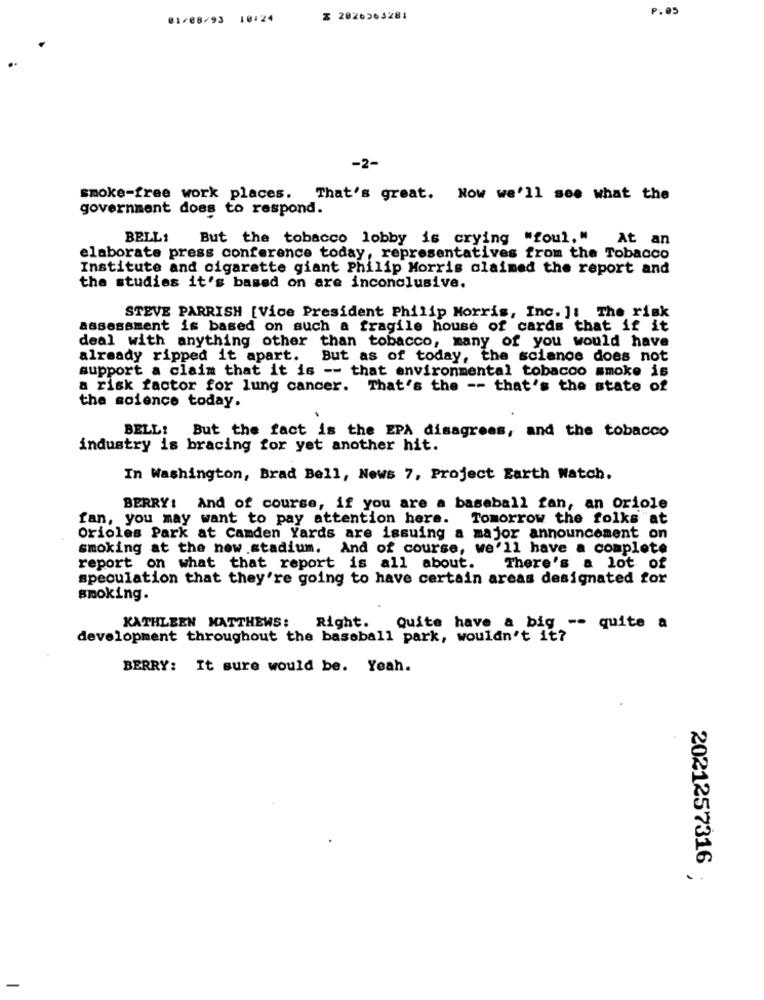
P.05
01/08/93 10:24
Z 2026363281
-2-
smoke-free work places. That's great. Now we'll see what the
government does to respond.
BELL1
But the tobacco lobby is crying "foul," At an
elaborate press conference today, representatives from the Tobacco
Institute and cigarette giant Philip Morris claimed the report and
the studies it's based on are inconclusive.
STEVE PARRISH [Vice President Philip Morris, Inc. ]: The risk
assessment is based on such a fragile house of cards that if it
deal with anything other than tobacco, many of you would have
already ripped it apart. But as of today, the science does not
support a claim that it is -- that environmental tobacco smoke is
a risk factor for lung cancer. That's the -- that's the state of
the science today.
BELL!
But the fact is the EPA disagrees, and the tobacco
industry is bracing for yet another hit.
In Washington, Brad Bell, News 7, Project Earth Watch.
BERRY: And of course, if you are a baseball fan, an oriole
fan, you may want to pay attention here.
Tomorrow the folks at
Orioles Park at Camden Yards are issuing a major announcement on
smoking at the new stadium. And of course, we'll have a complete
report on what that report is all about.
There's a lot of
speculation that they're going to have certain areas designated for
smoking.
KATHLEEN MATTHEWS:
Right.
Quite have a big -- quite a
development throughout the baseball park, wouldn't it?
BERRY: It sure would be. Yeah.
2021257316